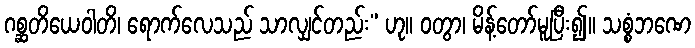
ဂစ္ဆတိယေဝါတိ၊ ရောက်လေသည် သာလျှင်တည်း” ဟု။ ဝတွာ၊ မိန့်တော်မူပြီး၍။ သစ္စံဘဏေ